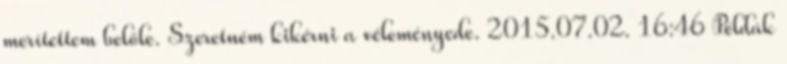
merítettem belőle. Szeretném kikérni a véleményede. 2015.07.02. 16:46 Példák